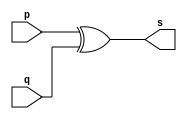
// -------------------------
// Exemplo0005 - XOR
// Nome: Ederson Cristiano Nunes 
// Versao: 0.5
// ---------------------
// ---------------------
// -- xor gate
// ---------------------
module xorgate (output [0:3] s,
                         input [0:3] p,
                         input [0:3] q);
 assign s = p ^ q;
endmodule // xor
// ---------------------
// -- test xorgate
// ---------------------
module testxorgate;
// ------------------------- dados locais
   reg [0:3] a,b; // definir registrador
   wire [0:3] s; // definir conexao (fio)
// ------------------------- instancia
   xorgate XOR1 (s, a, b);
// ------------------------- preparacao
   initial begin:start
     a=4'b0011; // 4 valores binarios
     b=4'b0101; // 4 valores binarios
   end
// ------------------------- parte principal
   initial begin:main
     $display("Exemplo0005 - Ederson Cristiano Nunes - 438964");
     $display("Test xor gate");
     $display("\n a ^ b = s\n");
     $monitor("%b ^ %b = %b", a, b, s);
  #1 a=0; b=0;                             // valores decimais
  #1 a=4'b0010; b=4'b0001;                 // valores binarios
  #1 a=4'd1; b=3;                          // decimal e decimal
  #1 a=4'o5; b=2;                          // octal e decimal
  #1 a=4'hA; b=3;                          // hexadecimal e decimal
  #1 a=4'h9; b=4'o3;                       // hexadecimal e octal
 end
endmodule // testxorgate

//Exemplo0005 - Ederson Cristiano Nunes - 438964
    //Test xor gate
    
    // a ^ b = s
    
    //0011 ^ 0101 = 0110
    //0000 ^ 0000 = 0000
    //0010 ^ 0001 = 0011
    //0001 ^ 0011 = 0010
    //0101 ^ 0010 = 0111
    //1010 ^ 0011 = 1001
    //1001 ^ 0011 = 1010